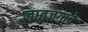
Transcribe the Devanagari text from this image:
ज्ञातजगाचे